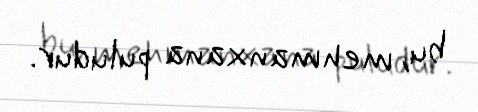
bu, mehmanxana puludur.